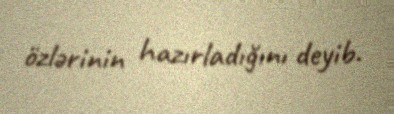
özlərinin hazırladığını deyib.